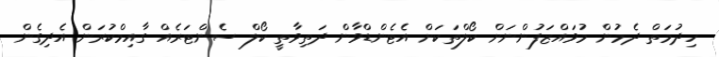
ހިދުމަތް ދެމުން މުވައްޒަފުންނަށް ކޯލްތަކަށް އެޓެންޑްވާން ދަތިވާތީ ކޯލް ސެންޓަރެއް ގާއިމްކުރަން އެދިގެން